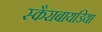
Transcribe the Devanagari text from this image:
स्कैराबायडिया